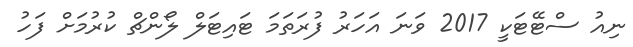
ނިއު ސްޓޭޓަކީ 2017 ވަނަ އަހަރު ފުރަތަމަ ޓައިޓަލް ލޯންޗް ކުރުމަށް ފަހު